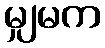
မျှမက